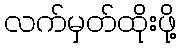
လက်မှတ်ထိုးဖို့